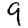
Digit: 9